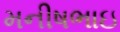
મનીષભાઇ